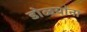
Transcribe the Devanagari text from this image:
डोळयांना